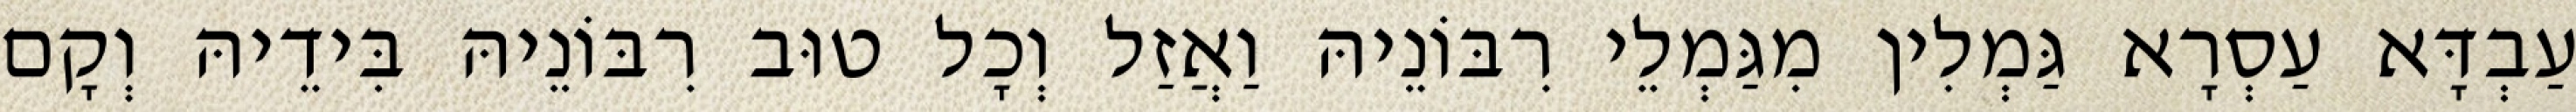
עַבְדָּא עַסְרָא גַּמְלִין מִגַּמְלֵי רִבּוֹנֵיהּ וַאֲזַל וְכָל טוּב רִבּוֹנֵיהּ בִּידֵיהּ וְקָם